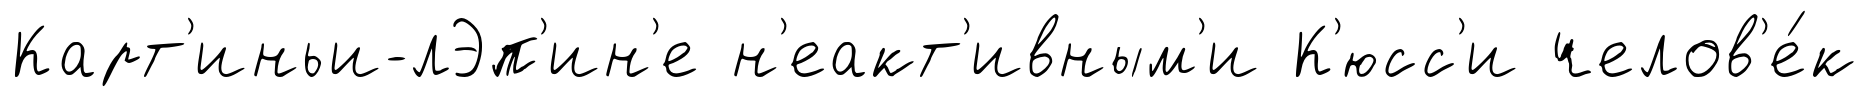
Карт'иньи-лЭп'ин'е н'еакт'ивным'и К'юсс'и челов'е́к